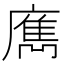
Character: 𢋄